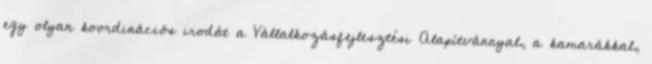
egy olyan koordinációs irodát a Vállalkozásfejlesztési Alapítvánnyal, a kamarákkal,